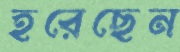
হরেছেন